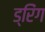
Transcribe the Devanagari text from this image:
ड्रिंग